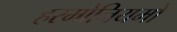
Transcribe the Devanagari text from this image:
हरमोनियमों